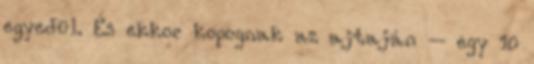
egyedül. És ekkor kopognak az ajtaján – egy 10